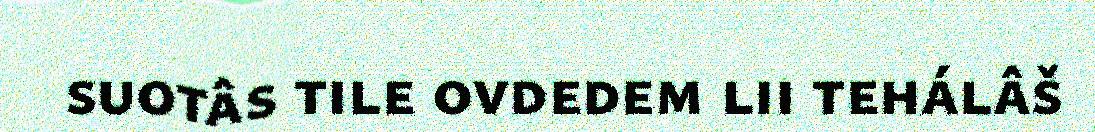
suotâs tile ovdedem lii tehálâš